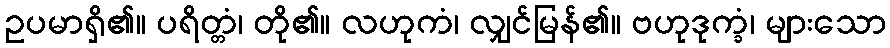
ဥပမာရှိ၏။ ပရိတ္တံ၊ တို၏။ လဟုကံ၊ လျှင်မြန်၏။ ဗဟုဒုက္ခံ၊ များသော